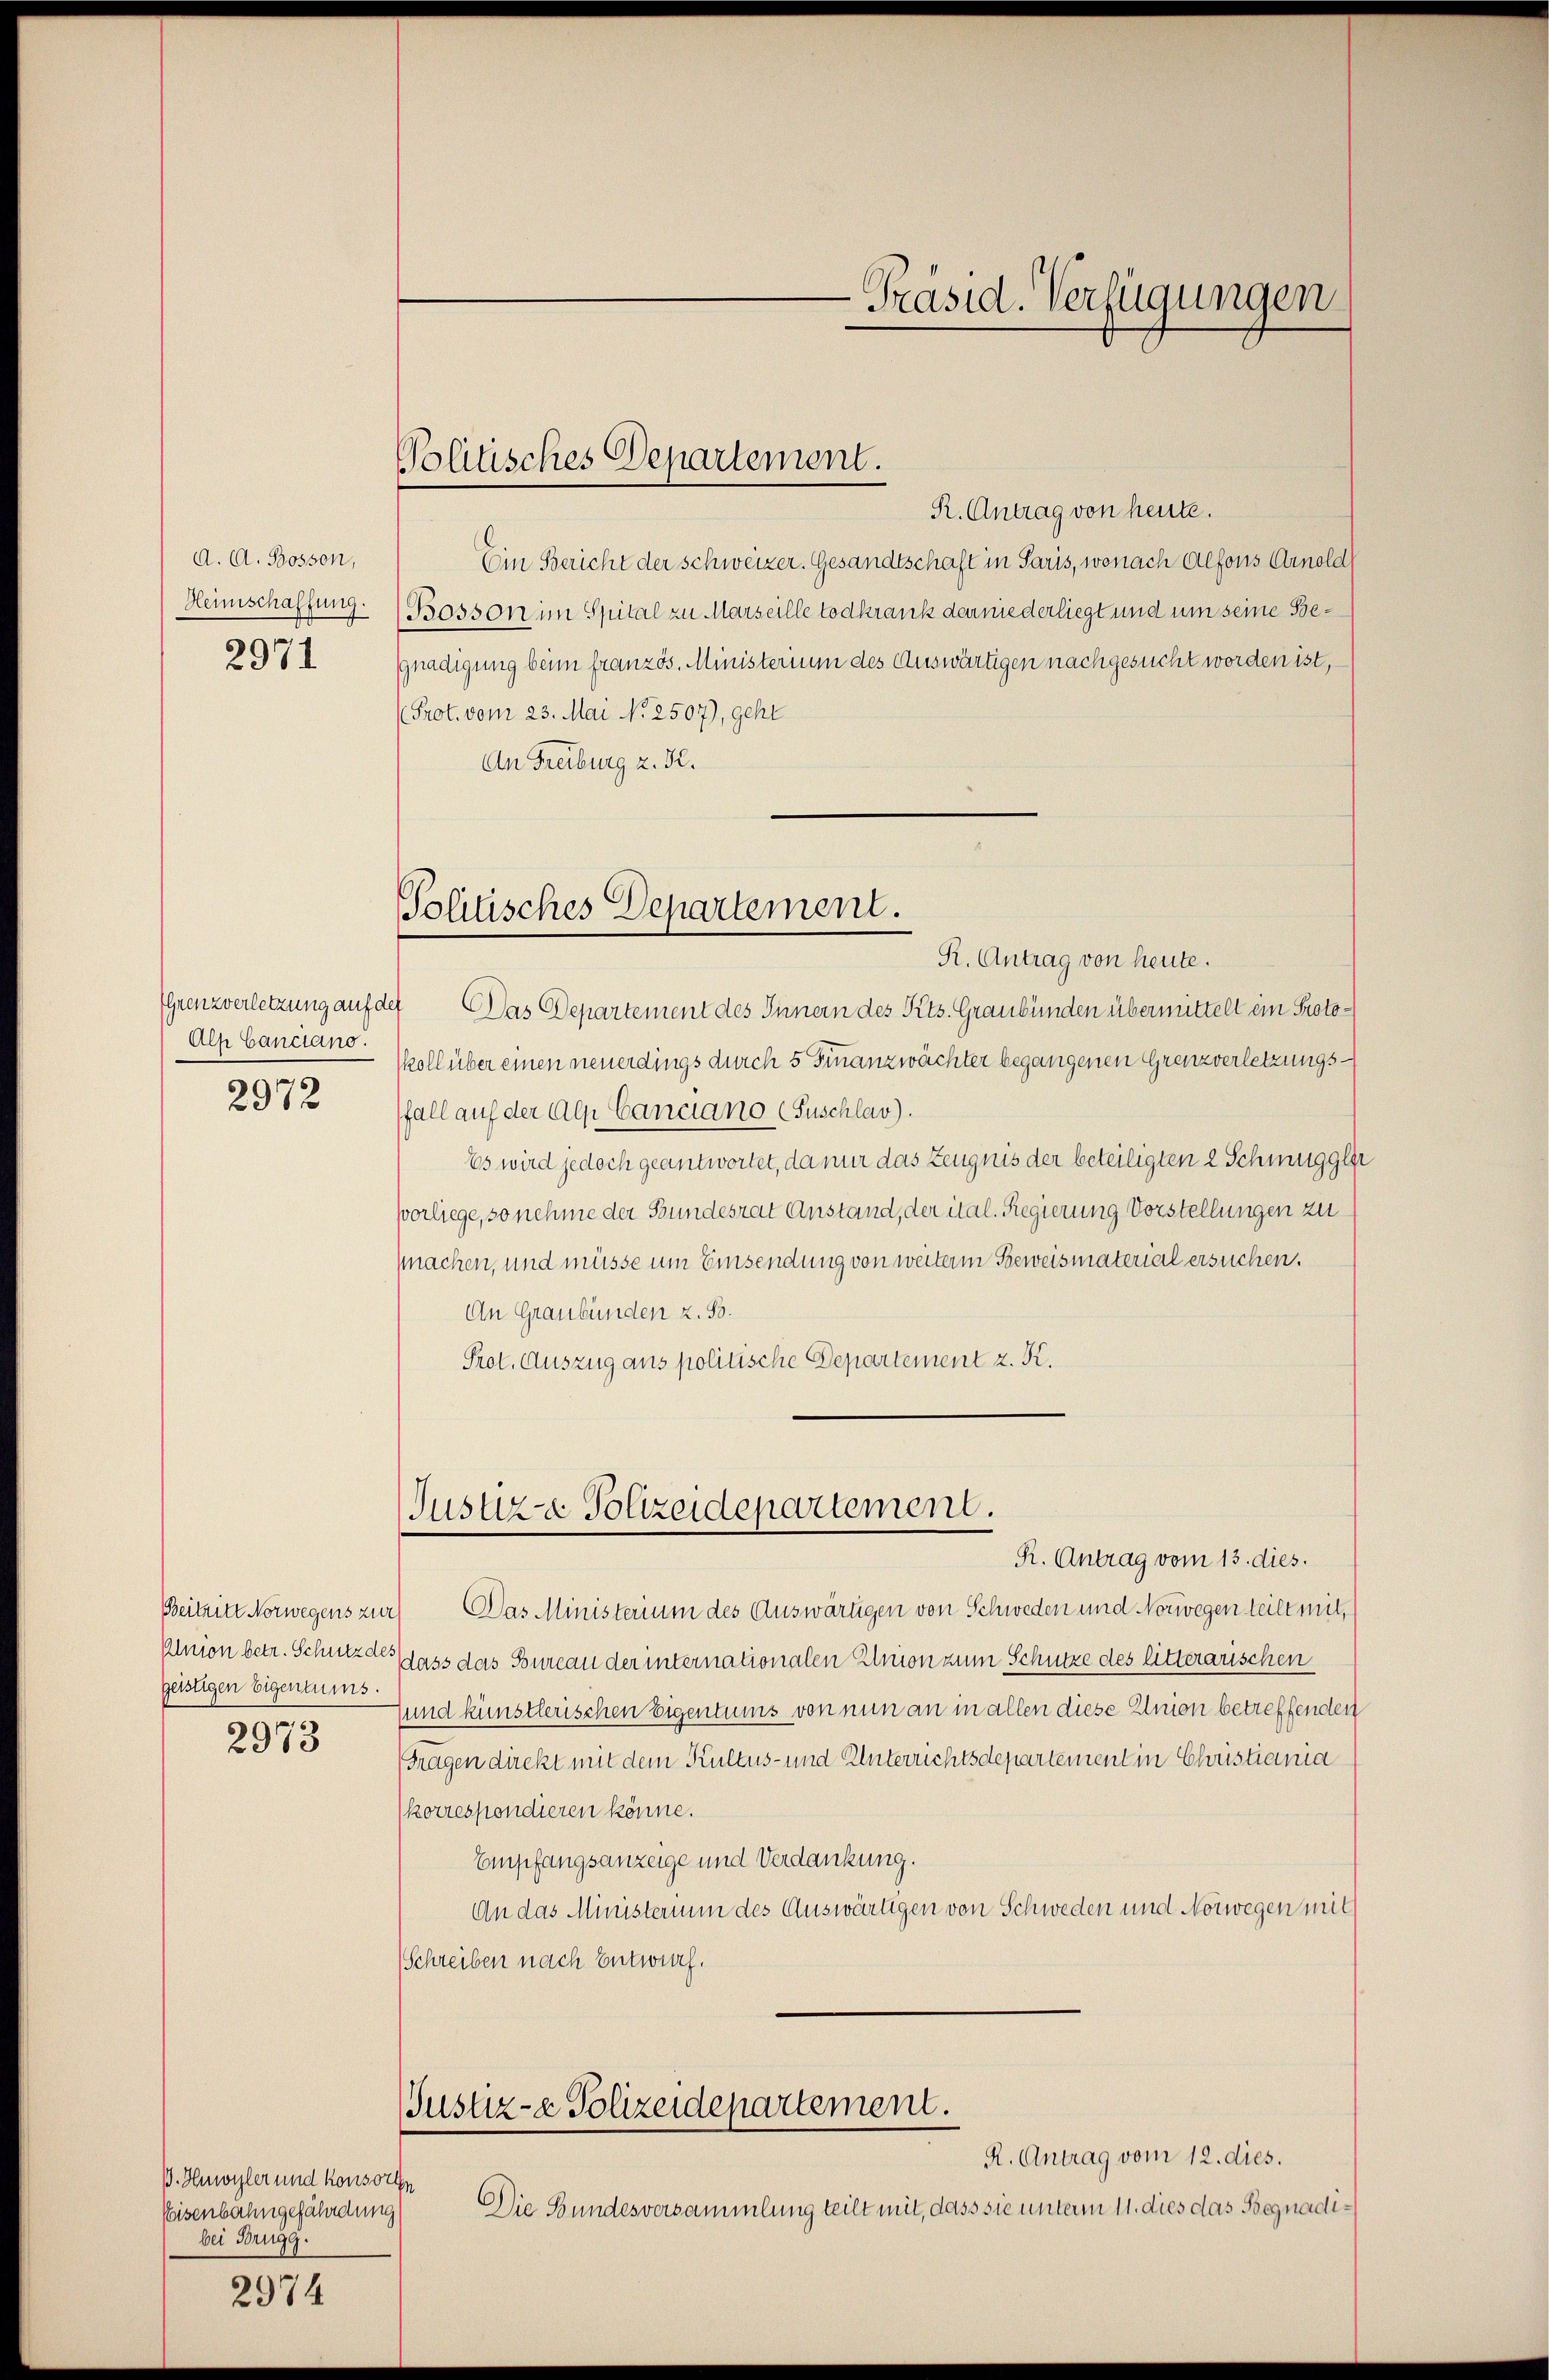
A. A. Bosson,
Heimschaffung.
2971

Alp Canciano.
2972

geistigen Eigentums.

2973

B. Huwyler und konsorten
Eisenbahngefährdung
bei Brugg.

2974

Volitisches Departement.

Politisches Departement.

R. Antrag von heute.
Ein Bericht der Schweizer. Gesandtschaft in Paris, wonach Alfons Arnold
Bosson im Spital zu Marseille todkrank darniederliegt und um seine Begnadigung beim französ. Ministerium des Auswärtigen nachgesucht worden ist,
Prot. vom 23. Mai No 2507), geht
An Freiburg z. R.
R. Antrag von heute.
Grenzverletzung auf der Das Departement des Innern des Kts. Graubünden übermittelt ein Protokoll über einen neuerdings durch 5 Finanzwächter begangenen Grenzverletzungsfall auf der Alp Cancano (Fuschlav).
Es wird jedoch geantwortet, da nur das Zeugnis der beteiligten 2 Schmuggler
vorliege, so nehme der Bundesrat Anstand, der ital. Regierung Vorstellungen zu
mnachen, und müsse um Einsendung von weiterm Beweismaterial ersuchen.
An Graubünden z. S.
Prot. Auszug aus politische Departement z. K.

Justiz & Polizeidepartement.

R. Antrag vom 13. dies.
Beitritt Norwegens zur Das Ministerium des Auswärtigen von Schweden und Norwegen teilt mit,
Anion betr. Schutz des dass das Bureau der internationalen Enion zum Schutze des litterarischen
sund künstlerischen Eigentums von nun an in allen diese Union betreffenden
Fragen direkt mit dem Kultus- und Unterrichtsdepartement in Christiania
korrespondieren könne.
Empfangsanzeige und Verdankung.
An das Ministerium des Auswärtigen von Schweden und Norwegen mit
(Schreiben nach Entwurf.
Justiz- & Polizeidepartement.
R. Antrag vom 12. dies.
Die Bundesversammlung teilt mit, dass sie unterm 11. dies das Begnadi¬

-Präsid. Verfügungen